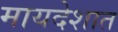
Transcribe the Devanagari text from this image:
मायदेशात